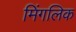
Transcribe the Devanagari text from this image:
मिंगलिक